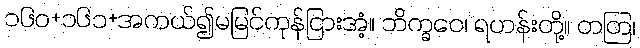
၁၆၀+၁၆၁+အကယ်၍မမြင်ကုန်ငြားအံ့။ ဘိက္ခဝေ၊ ရဟန်းတို့။ တတြ၊